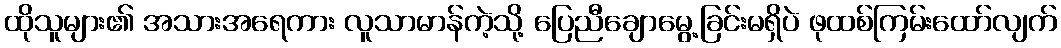
ထိုသူများ၏ အသားအရေကား လူသာမာန်ကဲ့သို့ ပြေညီချောမွေ့ခြင်းမရှိပဲ ဖုထစ်ကြမ်းထော်လျက်